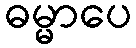
ဓမ္မာပေ